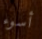
أسوء